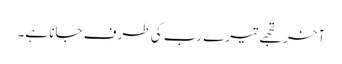
آخر تجھے تیرے رب کی طرف جانا ہے۔